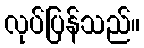
လုပ်ပြန်သည်။